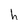
Character: h